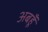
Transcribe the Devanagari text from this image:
अबहूँ